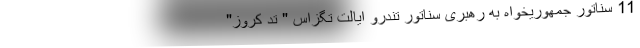
11 سناتور جمهوریخواه به رهبری سناتور تندرو ایالت تگزاس " تد کروز"